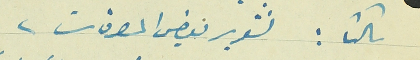
ثالثا : تقرير بعض المصرفات.